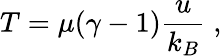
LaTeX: T=\mu(\gamma-1)\frac{u}{k_{B}}\; ,